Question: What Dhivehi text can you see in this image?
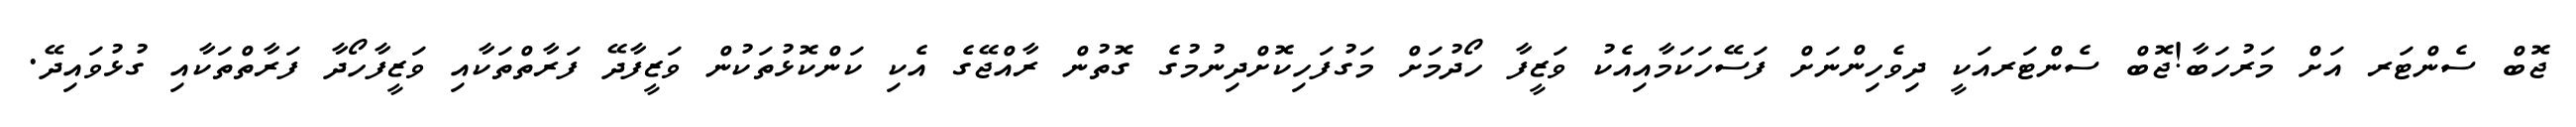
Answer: ޖޮބް ސެންޓަރ އަށް މަރުހަބާ!ޖޮބް ސެންޓަރއަކީ ދިވެހިންނަށް ފަސޭހަކަމާއިއެކު ވަޒީފާ ހޯދުމަށް މަގުފަހިކޮށްދިނުމުގެ ގޮތުން ރާއްޖޭގެ އެކި ކަންކޮޅުތަކުން ވަޒީފާދޭ ފަރާތްތަކާއި ވަޒީފާހޯދާ ފަރާތްތަކާއި ގުޅުވައިދޭ.